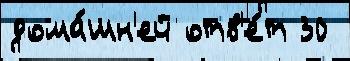
дома́шн'ей отв'е́т 30